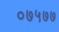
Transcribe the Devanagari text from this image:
०७५७७